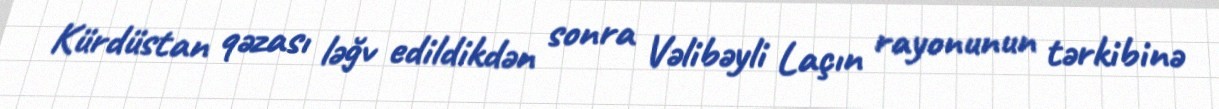
Kürdüstan qəzası ləğv edildikdən sonra Vəlibəyli Laçın rayonunun tərkibinə